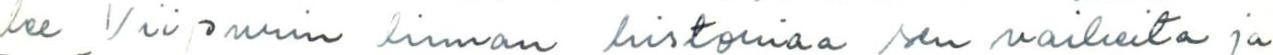
lee Viipurin linnan historiaa sen vaiheita ja